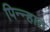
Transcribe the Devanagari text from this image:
पिन्न्हात